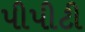
પીપીટી